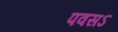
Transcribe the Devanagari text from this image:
पवसऽ